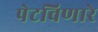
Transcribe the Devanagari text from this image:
पेटविणारे